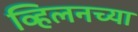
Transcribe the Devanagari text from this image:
व्हिलनच्या